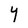
Character: Y